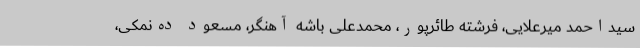
سیداحمد میرعلایی، فرشته طائرپور، محمدعلی باشه آهنگر، مسعود ده‌نمکی،